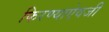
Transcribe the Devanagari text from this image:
फिरण्याऐवजी